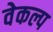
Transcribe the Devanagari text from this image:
वेकल्प